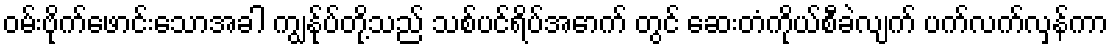
ဝမ်းဗိုက်ဖောင်းသောအခါ ကျွန်ုပ်တို့သည် သစ်ပင်ရိပ်အောက် တွင် ဆေးတံကိုယ်စီခဲလျက် ပက်လက်လှန်ကာ